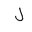
Letter: _lam